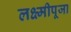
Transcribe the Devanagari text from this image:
लक्ष्मीपूजा